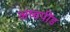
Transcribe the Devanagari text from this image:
अष्डपींड